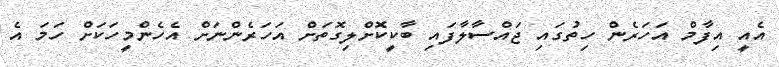
އެއީ އިފާމް އަހަރެން ހިތުގައި ޖައްސާލާފައި ބާކީކޮށްލިގޮތަށް އަހަރެންނަށް އެހެންމީހަކަށް ހަމަ އެ